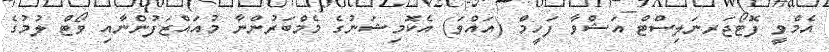
އެމްވީ ފޮޓޯޖަރނަލިސްޓް އަޝްވާ ފަހީމް (އައްވަ) އެކޮމިޝަނުގެ މެމްބަރުންނާ މުއައްޒަފުންނާއި ވޯޓް ލުމުގެ